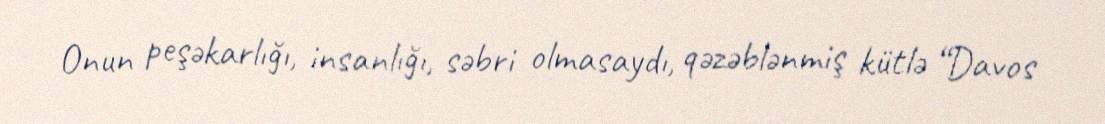
Onun peşəkarlığı, insanlığı, səbri olmasaydı, qəzəblənmiş kütlə “Davos